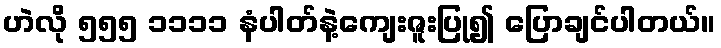
ဟဲလို ၅၅၅ ၁၁၁၁ နံပါတ်နဲ့ကျေးဇူးပြု၍ ပြောချင်ပါတယ်။